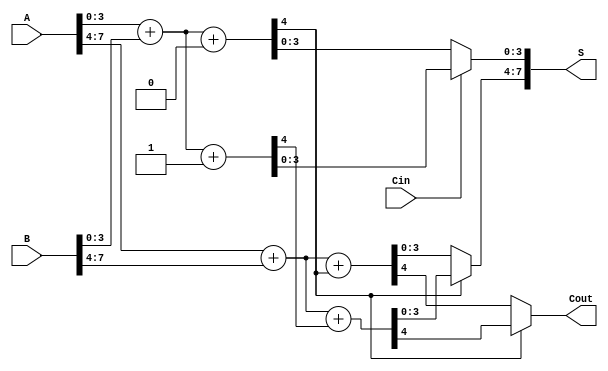
module CarrySelectAdder (
    input [7:0] A,      // 8-bit input A
    input [7:0] B,      // 8-bit input B
    input Cin,          // Carry-in
    output [7:0] S,     // 8-bit sum output
    output Cout         // Carry-out
);

    // Intermediate signals for the lower 4-bit block
    wire [3:0] S0, S0_cin1; // Sums for A0 + B0 with Cin = 0 and Cin = 1
    wire C0, C0_cin1;      // Carry outputs for A0 + B0 with Cin = 0 and Cin = 1

    // Intermediate signals for the upper 4-bit block
    wire [3:0] S1, S1_cin1; // Sums for A1 + B1 with respective carry inputs
    wire C1, C1_cin1;      // Carry outputs for A1 + B1 with respective carry inputs

    // Lower 4-bit addition (A0 + B0)
    assign {C0, S0} = A[3:0] + B[3:0] + 0; // Sum with Cin = 0
    assign {C0_cin1, S0_cin1} = A[3:0] + B[3:0] + 1; // Sum with Cin = 1

    // Upper 4-bit addition (A1 + B1)
    assign {C1, S1} = A[7:4] + B[7:4] + C0; // Sum with carry from lower block
    assign {C1_cin1, S1_cin1} = A[7:4] + B[7:4] + C0_cin1; // Sum with carry from lower block with Cin = 1

    // MUX for selecting the final sums and carry-out
    assign S[3:0] = (Cin == 0) ? S0 : S0_cin1; // Select lower sum based on Cin
    assign S[7:4] = (C0 == 0) ? S1 : S1_cin1; // Select upper sum based on carry-out from lower block
    assign Cout = (C0 == 0) ? C1 : C1_cin1; // Final carry-out selection

endmodule